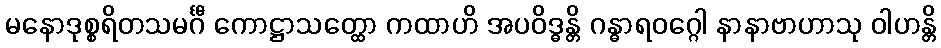
မနောဒုစ္စရိတသမင်္ဂီ ကောဋ္ဌာသတ္ထော ကထာဟိ အပဝိဒ္ဓန္တိ ဂန္ဓာရဝဂ္ဂေါ နာနာဗာဟာသု ဝါဟန္တိ